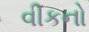
વીકનો